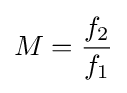
M={\frac {f_{2}}{f_{1}}}